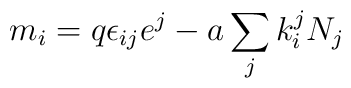
m_{i} = q\epsilon_{ij}e^{j}  - a\sum_{j}k_{i}^{j}N_{j}